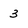
Character: 3